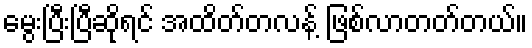
မွေးပြီးပြီဆိုရင် အထိတ်တလန့် ဖြစ်လာတတ်တယ်။